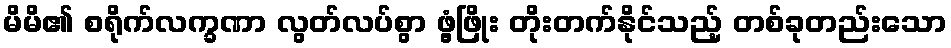
မိမိ၏ စရိုက်လက္ခဏာ လွတ်လပ်စွာ ဖွံ့ဖြိုး တိုးတက်နိုင်သည့် တစ်ခုတည်းသော